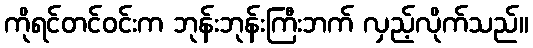
ကိုရင်တင်ဝင်းက ဘုန်းဘုန်းကြီးဘက် လှည့်လိုက်သည်။